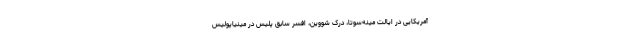
آمریکایی در ایالت مینه‌سوتا، درک شووین، افسر سابق پلیس در مینیاپولیس